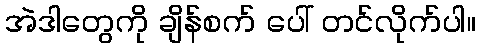
အဲဒါတွေကို ချိန်စက် ပေါ် တင်လိုက်ပါ။